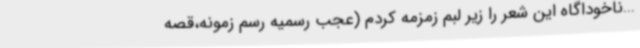
...ناخوداگاه این شعر را زیر لبم زمزمه کردم (عجب رسمیه رسم زمونه،قصه